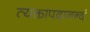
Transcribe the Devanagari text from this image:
त्यक्तापदानन्दं